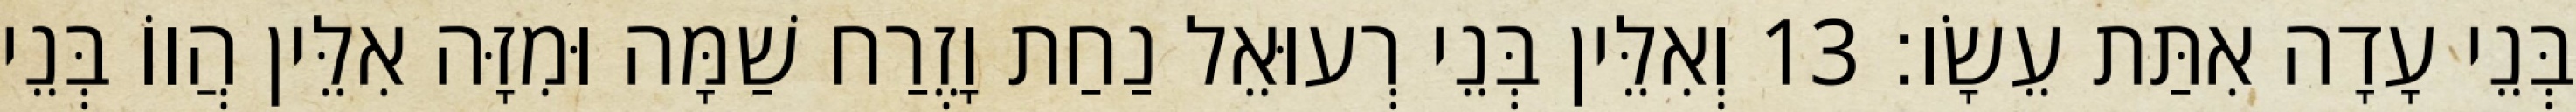
בְּנֵי עָדָה אִתַּת עֵשָׂו׃ 13 וְאִלֵּין בְּנֵי רְעוּאֵל נַחַת וָזֶרַח שַׁמָּה וּמִזָּה אִלֵּין הֲווֹ בְּנֵי